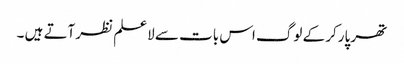
تھر پارکر کے لوگ اس بات سے لاعلم نظر آتے ہیں ۔